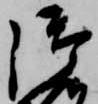
御